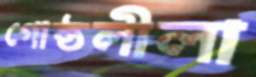
গোষ্ঠলীলা